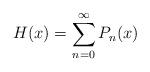
LaTeX: \begin{align*}H(x) = \sum_{n=0}^\infty P_n(x)\end{align*}